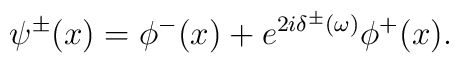
\psi^\pm(x) = \phi^-(x) + e^{2i\delta^\pm(\omega)} \phi^+(x).